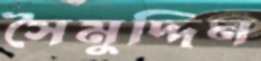
সৈমুদ্দিন